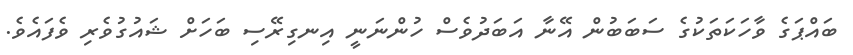
ބައްޕަގެ ވާހަކަތަކުގެ ސަބަބުން އޭނާ އަބަދުވެސް ހުންނަނީ އިނގިރޭސި ބަހަށް ޝައުގުވެރި ވެފައެވެ.